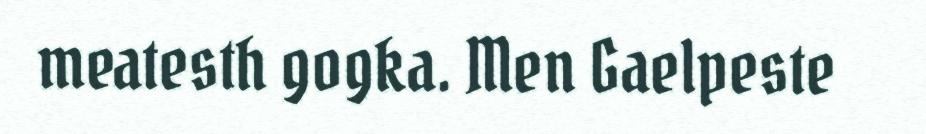
meatesth gogka. Men Gaelpeste